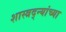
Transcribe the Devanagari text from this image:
शास्त्रद्न्यांच्या